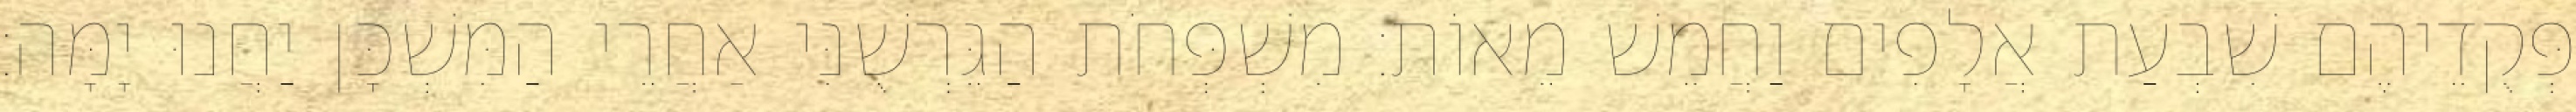
פְּקֻדֵיהֶם שִׁבְעַת אֲלָפִים וַחֲמֵשׁ מֵאוֹת׃ מִשְׁפְּחֹת הַגֵּרְשֻׁנִּי אַחֲרֵי הַמִּשְׁכָּן יַחֲנוּ יָמָּה׃